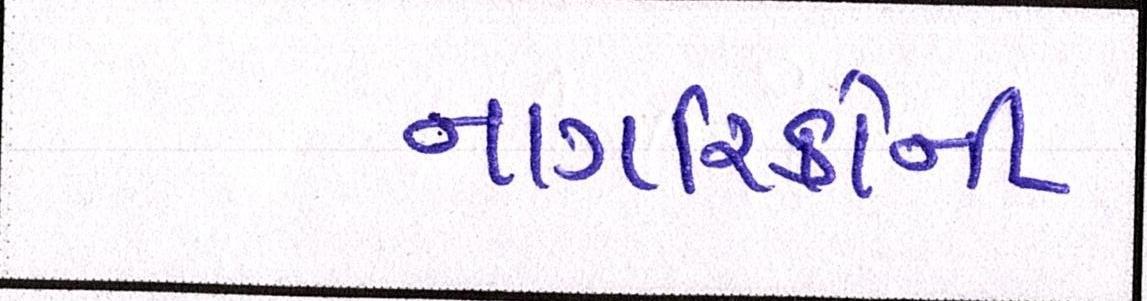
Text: નાગરિકોની